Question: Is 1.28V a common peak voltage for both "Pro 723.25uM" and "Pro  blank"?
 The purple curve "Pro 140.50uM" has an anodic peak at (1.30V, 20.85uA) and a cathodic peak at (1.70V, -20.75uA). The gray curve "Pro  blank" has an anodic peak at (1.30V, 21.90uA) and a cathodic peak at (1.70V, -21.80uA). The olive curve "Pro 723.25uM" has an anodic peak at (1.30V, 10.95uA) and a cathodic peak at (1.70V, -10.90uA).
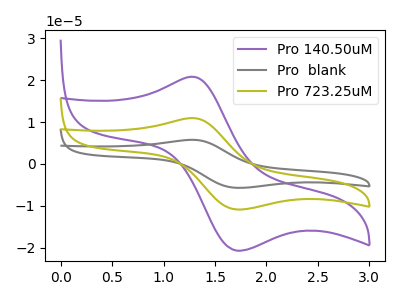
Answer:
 <answer>Yes, "Pro 723.25uM" and "Pro  blank" share a peak at 1.28V.</answer>
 <eval>match</eval>